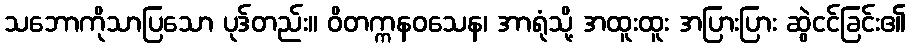
သဘောကိုသာပြသော ပုဒ်တည်း။ ဝိတက္ကနဝသေန၊ အာရုံသို့ အထူးထူး အပြားပြား ဆွဲငင်ခြင်း၏